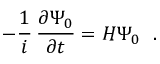
- { \frac { 1 } { i } } \, { \frac { \partial \Psi _ { 0 } } { \partial t } } = H \Psi _ { 0 } ~ ~ .